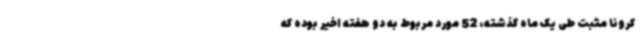
کرونا مثبت طی یک ماه گذشته، 52 مورد مربوط به دو هفته اخیر بوده که